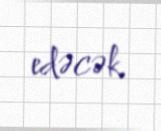
edəcək.